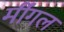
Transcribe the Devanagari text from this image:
मींगल